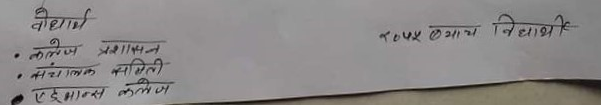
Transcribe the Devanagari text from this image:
विद्यार्थी
- कलेज प्रशासन
- संचालक समिती
- एडभान्स कलेज
२०५५ व्याच विद्यार्थी